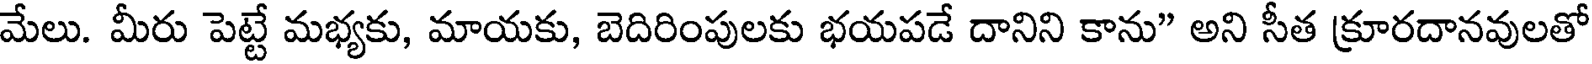
మేలు. మీరు పెట్టే మభ్యకు, మాయకు, బెదిరింపులకు భయపడే దానిని కాను" అని సీత క్రూరదానవులతో